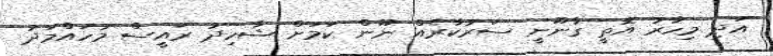
އަދި މިހާރު އޮތީ ގާނޫނީ ސަރުކާރެއް ނޫން ކަމަށް ޝާހިދު ރައީސް މުހައްމަދު